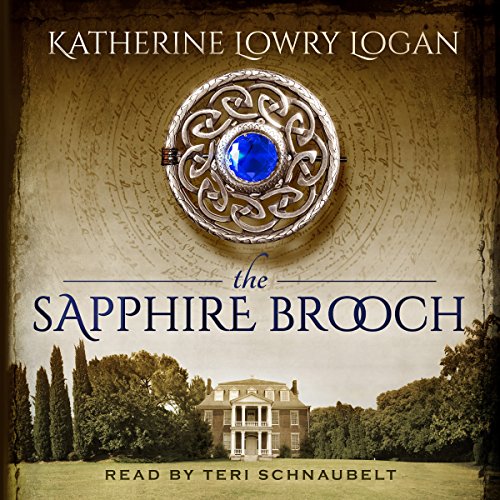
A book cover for The Sapphire Brooch: Celtic Brooch Trilogy Volume 2; Katherine Lowry Logan; Romance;